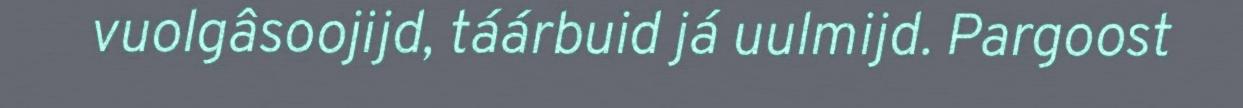
vuolgâsoojijd, táárbuid já uulmijd. Pargoost